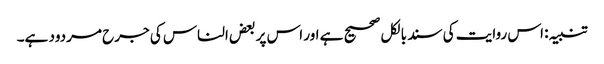
تنبیہ: اس روایت کی سند بالکل صحیح ہے اور اس پر بعض الناس کی جرح مردود ہے۔